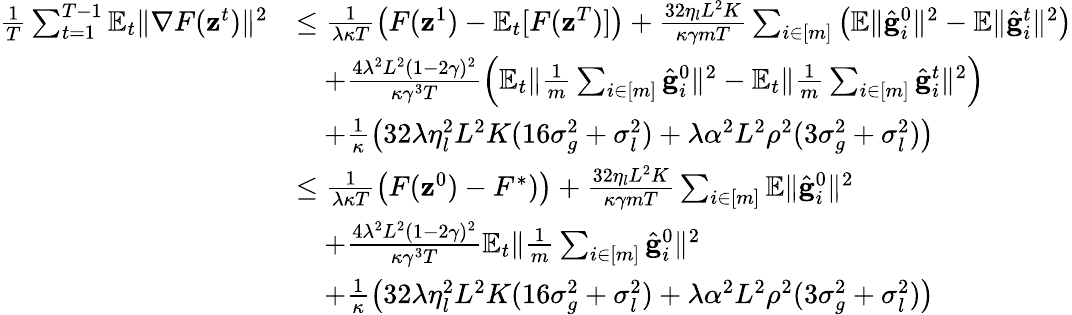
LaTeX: \begin{array}{rl}{\frac{1}{T}\sum_{t=1}^{T-1}\mathbb{E}_{t}\Vert\nabla F(\mathbf{z}^{t})\Vert^{2}}&{\leq\frac{1}{\lambda\kappa T}\bigl(F(\mathbf{z}^{1})-\mathbb{E}_{t}[F(\mathbf{z}^{T})]\bigr)+\frac{32\eta_{l}L^{2}K}{\kappa\gamma mT}\sum_{i\in[m]}\left(\mathbb{E}\Vert\hat{\mathbf{g}}_{i}^{0}\Vert^{2}-\mathbb{E}\Vert\hat{\mathbf{g}}_{i}^{t}\Vert^{2}\right)}\\ &{\quad+\frac{4\lambda^{2}L^{2}(1-2\gamma)^{2}}{\kappa\gamma^{3}T}\left(\mathbb{E}_{t}\Vert\frac{1}{m}\sum_{i\in[m]}\hat{\mathbf{g}}_{i}^{0}\Vert^{2}-\mathbb{E}_{t}\Vert\frac{1}{m}\sum_{i\in[m]}\hat{\mathbf{g}}_{i}^{t}\Vert^{2}\right)}\\ &{\quad+\frac{1}{\kappa}\left(32\lambda\eta_{l}^{2}L^{2}K(16\sigma_{g}^{2}+\sigma_{l}^{2})+\lambda\alpha^{2}L^{2}\rho^{2}(3\sigma_{g}^{2}+\sigma_{l}^{2})\right)}\\ &{\leq\frac{1}{\lambda\kappa T}\bigl(F(\mathbf{z}^{0})-F^{*})\bigr)+\frac{32\eta_{l}L^{2}K}{\kappa\gamma mT}\sum_{i\in[m]}\mathbb{E}\Vert\hat{\mathbf{g}}_{i}^{0}\Vert^{2}}\\ &{\quad+\frac{4\lambda^{2}L^{2}(1-2\gamma)^{2}}{\kappa\gamma^{3}T}\mathbb{E}_{t}\Vert\frac{1}{m}\sum_{i\in[m]}\hat{\mathbf{g}}_{i}^{0}\Vert^{2}}\\ &{\quad+\frac{1}{\kappa}\left(32\lambda\eta_{l}^{2}L^{2}K(16\sigma_{g}^{2}+\sigma_{l}^{2})+\lambda\alpha^{2}L^{2}\rho^{2}(3\sigma_{g}^{2}+\sigma_{l}^{2})\right)}\end{array}